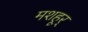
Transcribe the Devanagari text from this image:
मशहूर्